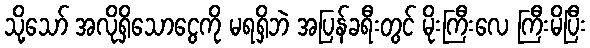
သို့သော် အလိုရှိသောငွေကို မရရှိဘဲ အပြန်ခရီးတွင် မိုးကြီးလေ ကြီးမိပြီး